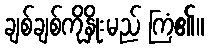
ချစ်ချစ်ကိုနှိုးမည် ကြံ၏။